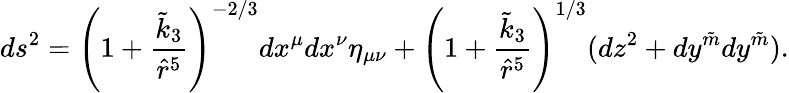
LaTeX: ds^{2}=\left(1+\frac{\tilde{k}_{3}}{\hat{r}^{5}}\right)^{-2/3}dx^{\mu}dx^{\nu}\eta_{\mu\nu}+\left(1+\frac{\tilde{k}_{3}}{\hat{r}^{5}}\right)^{1/3}(dz^{2}+dy^{\tilde{m}}dy^{\tilde{m}}).